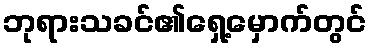
ဘုရားသခင်၏ရှေ့မှောက်တွင်